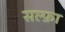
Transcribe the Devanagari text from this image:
सल्फ़ा